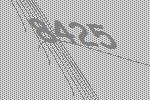
8425